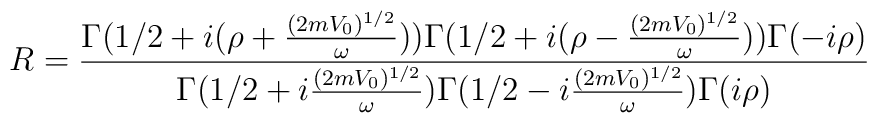
R=\frac{\Gamma (1/2+i(\rho + \frac{(2mV_0)^{1/2}}{\omega} ) )\Gamma (1/2+i(\rho - \frac{(2mV_0)^{1/2}}{\omega}) )\Gamma (-i\rho)}{\Gamma (1/2+i \frac{(2mV_0)^{1/2}}{\omega} )\Gamma (1/2-i\frac{(2mV_0)^{1/2}}{\omega} )\Gamma (i\rho)}